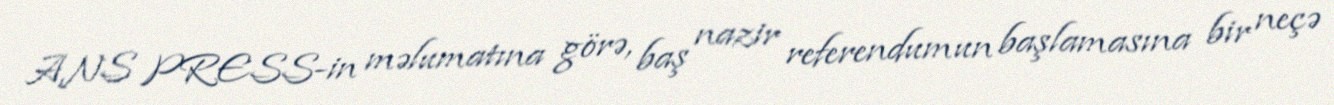
ANS PRESS-in məlumatına görə, baş nazir referendumun başlamasına bir neçə